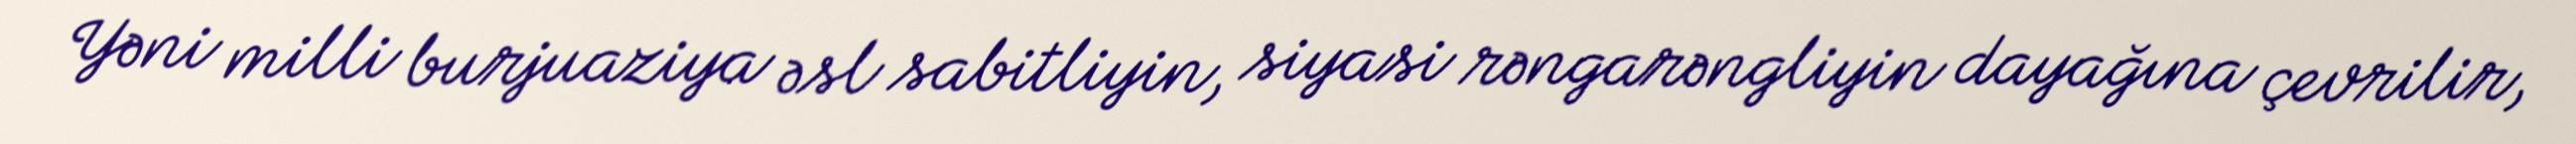
Yəni milli burjuaziya əsl sabitliyin, siyasi rəngarəngliyin dayağına çevrilir,